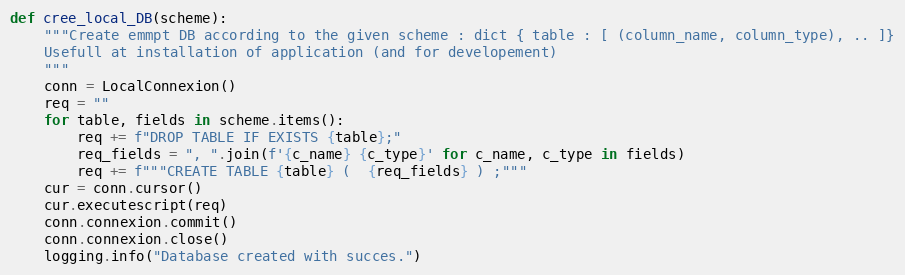
Language: Python
def cree_local_DB(scheme):
    """Create emmpt DB according to the given scheme : dict { table : [ (column_name, column_type), .. ]}
    Usefull at installation of application (and for developement)
    """
    conn = LocalConnexion()
    req = ""
    for table, fields in scheme.items():
        req += f"DROP TABLE IF EXISTS {table};"
        req_fields = ", ".join(f'{c_name} {c_type}' for c_name, c_type in fields)
        req += f"""CREATE TABLE {table} (  {req_fields} ) ;"""
    cur = conn.cursor()
    cur.executescript(req)
    conn.connexion.commit()
    conn.connexion.close()
    logging.info("Database created with succes.")